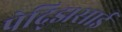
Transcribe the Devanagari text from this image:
पेद्झिसाई